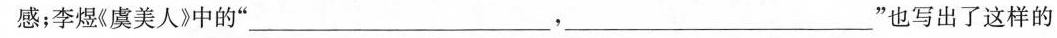
感；李煜(虞美人》中的”___，___”也写出了这样的